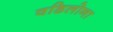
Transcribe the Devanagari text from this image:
वडिलोना